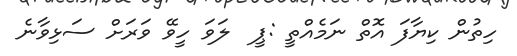
ހިތުން ކިޔާފަ އޮތް ނަމެއްތީ :ޕީ  ލަވަ ހީވޭ ވަރަށް ސަޅިވާނެ